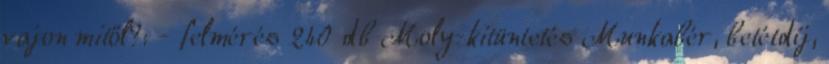
vajon mitől?: - felmérés 240 db Moly-kitüntetés Munkabér, betétdíj,